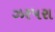
ઝરપરા